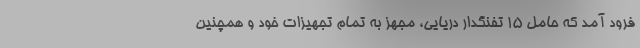
فرود آمد که حامل ۱۵ تفنگدار دریایی‌، مجهز به تمام تجهیزات خود و همچنین